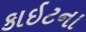
કાઇટના